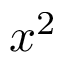
x ^ { 2 }